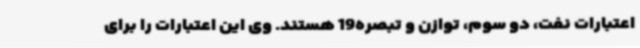
اعتبارات نفت، دو سوم، توازن و تبصره19 هستند. وی این اعتبارات را برای